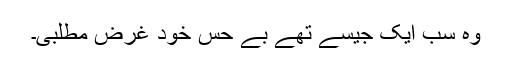
وہ سب ایک جیسے تھے بے حس خود غرض مطلبی۔